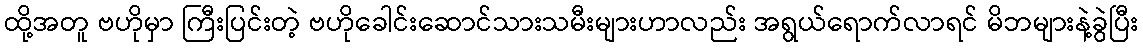
ထို့အတူ ဗဟိုမှာ ကြီးပြင်းတဲ့ ဗဟိုခေါင်းဆောင်သားသမီးများဟာလည်း အရွယ်ရောက်လာရင် မိဘများနဲ့ခွဲပြီး